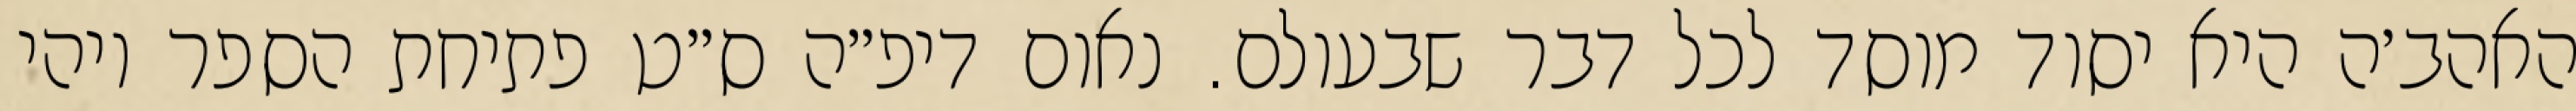
האהב׳ה היא יסוד מוסד לכל דבר שבעולם. נאום דיפ״ה ס״ט פתיחת הספר ויהי